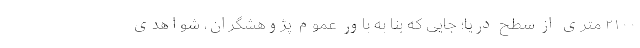
۲۱۰۰ متری از سطح دریا؛ جایی که بنا به باور عموم پژوهشگران، شواهدی